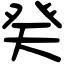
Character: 癸